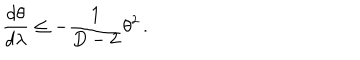
\frac { d \theta } { d \lambda } \leq - \frac { 1 } { D - 2 } \theta ^ { 2 } \, .